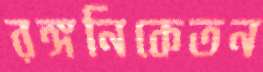
রঙ্গনিকেতন